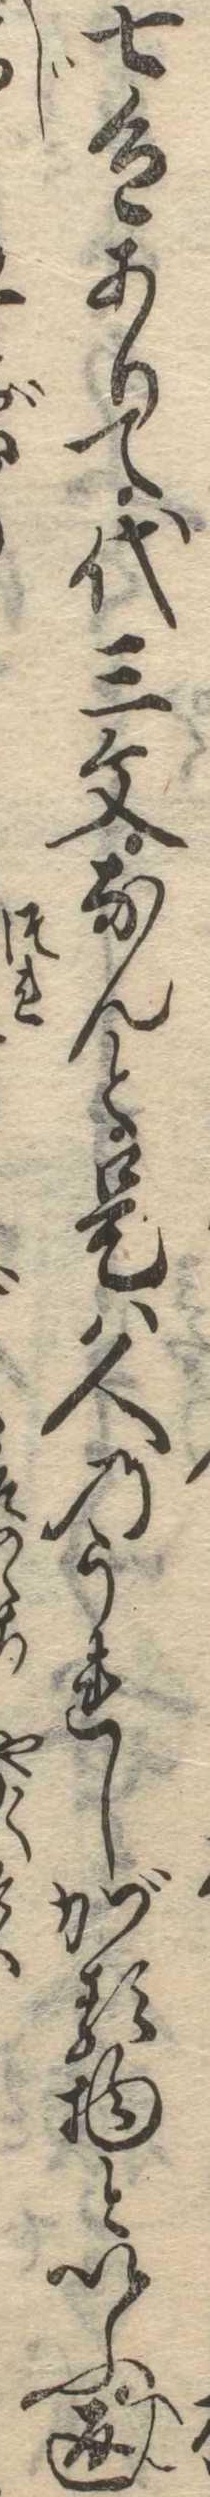
七色ありて代三文なんと是は人のうれしがる物といふ返